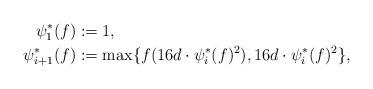
LaTeX: \begin{align*} \psi_1^*(f)&:=1,\\ \psi_{i+1}^*(f)&:=\max\{f(16d\cdot\psi_i^*(f)^2),16d\cdot\psi_i^*(f)^2\}, \end{align*}